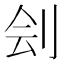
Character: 刽